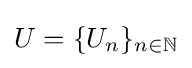
U=\{U_{n}\}_{n\in \mathbb {N} }